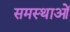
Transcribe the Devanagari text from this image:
समस्थाओं